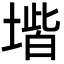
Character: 𡏨